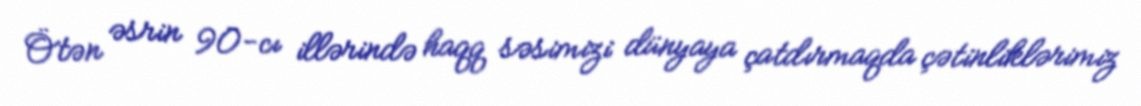
Ötən əsrin 90-cı illərində haqq səsimizi dünyaya çatdırmaqda çətinliklərimiz